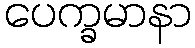
ပေက္ခမာနာ